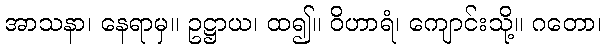
အာသနာ၊ နေရာမှ။ ဥဋ္ဌာယ၊ ထ၍။ ဝိဟာရံ၊ ကျောင်းသို့။ ဂတော၊